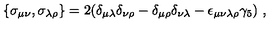
\{ \sigma _ { \mu \nu } , \sigma _ { \lambda \rho } \} = 2 ( \delta _ { \mu \lambda } \delta _ { \nu \rho } - \delta _ { \mu \rho } \delta _ { \nu \lambda } - \epsilon _ { \mu \nu \lambda \rho } \gamma _ { 5 } ) \ ,